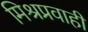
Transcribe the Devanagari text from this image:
मिश्रप्रवाही